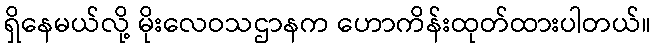
ရှိနေမယ်လို့ မိုးလေဝသဌာနက ဟောကိန်းထုတ်ထားပါတယ်။